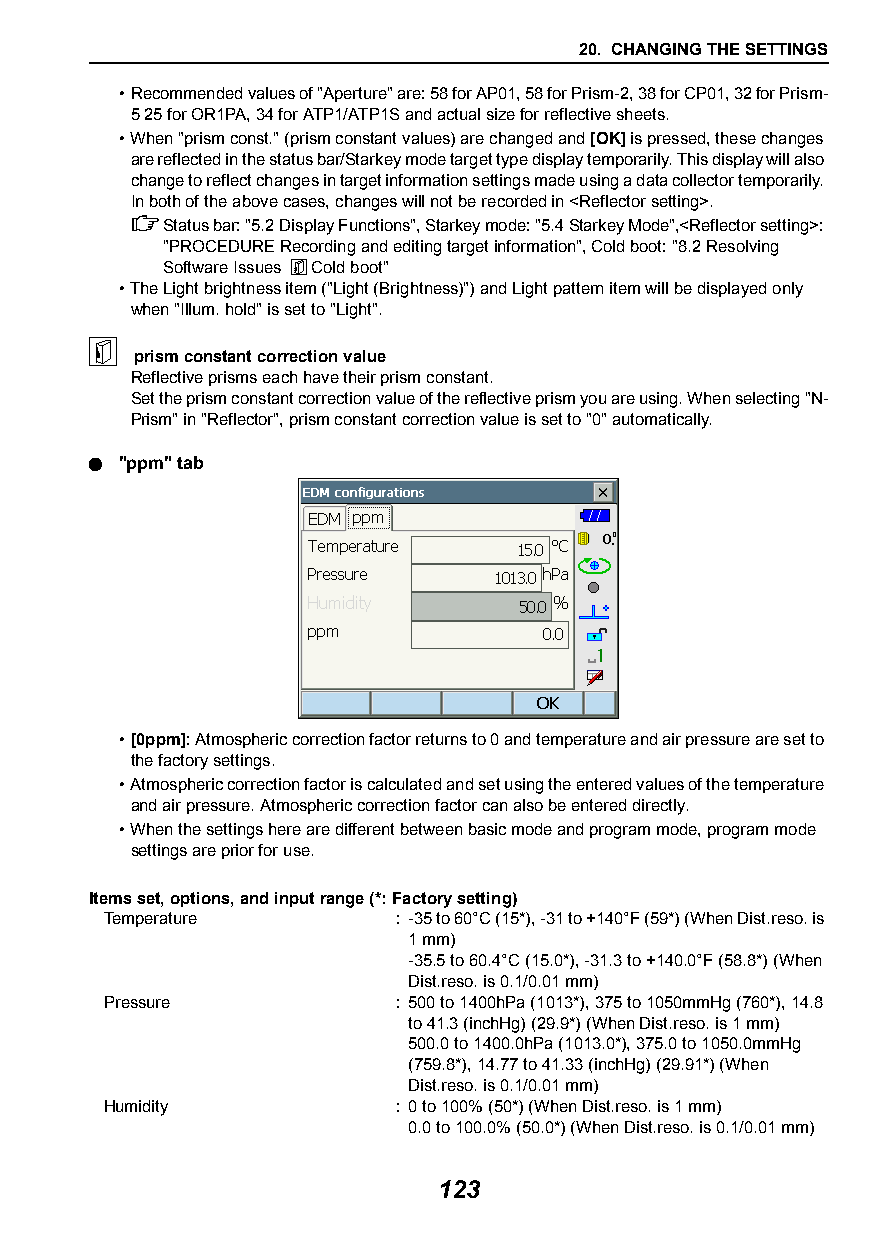
20. CHANGING THE SETTINGS
 •Recommended values of "Aperture" are: 58 for AP01, 58 for Prism-2, 38 for CP01, 32 for Prism-
 5 25 for OR1PA, 34 for ATP1/ATP1S and actual size for reflective sheets.
 •When "prism const." (prism constant values) are changed and [OK] is pressed, these changes
 are reflected in the status bar/Starkey mode target type display temporarily. This display will also
 change to reflect changes in target information settings made using a data collector temporarily.
 In both of the above cases, changes will not be recorded in <Reflector setting>.
 Status bar: "5.2Display Functions", Starkey mode: "5.4Starkey Mode",<Reflector setting>:
 "PROCEDURE Recording and editing target information", Cold boot: "8.2Resolving
 Software Issues  Cold boot"
 •The Light brightness item ("Light (Brightness)") and Light pattern item will be displayed only
 when "Illum. hold" is set to "Light".
 
 prism constant correction value
 Reflective prisms each have their prism constant.
 Set the prism constant correction value of the reflective prism you are using. When selecting "N-
 Prism" in "Reflector", prism constant correction value is set to "0" automatically.
  "ppm" tab
 •[0ppm]: Atmospheric correction factor returns to 0 and temperature and air pressure are set to
 the factory settings.
 •Atmospheric correction factor is calculated and set using the entered values of the temperature
 and air pressure. Atmospheric correction factor can also be entered directly.
 •When the settings here are different between basic mode and program mode, program mode
 settings are prior for use.
 Items set, options, and input range (*: Factory setting)
 Temperature        : -35 to 60°C (15*), -31 to +140°F (59*) (When Dist.reso. is
 1 mm)
 -35.5 to 60.4°C (15.0*), -31.3 to +140.0°F (58.8*) (When
 Dist.reso. is 0.1/0.01 mm)
 Pressure           : 500 to 1400hPa (1013*), 375 to 1050mmHg (760*), 14.8
 to 41.3 (inchHg) (29.9*) (When Dist.reso. is 1 mm)
 500.0 to 1400.0hPa (1013.0*), 375.0 to 1050.0mmHg
 (759.8*), 14.77 to 41.33 (inchHg) (29.91*) (When
 Dist.reso. is 0.1/0.01 mm)
 Humidity           : 0 to 100% (50*) (When Dist.reso. is 1 mm)
 0.0 to 100.0% (50.0*) (When Dist.reso. is 0.1/0.01 mm)
 123